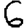
Digit: 6